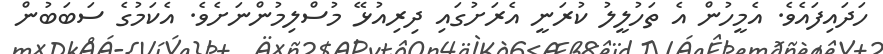
ހަދައިފައެވެ. އެމީހުން އެ ތަހުލީލު ކުރަނީ އެރަށުގައި ދިރިއުޅޭ މުސްލިމުންނަށެވެ. އެކަމުގެ ސަބަބުން